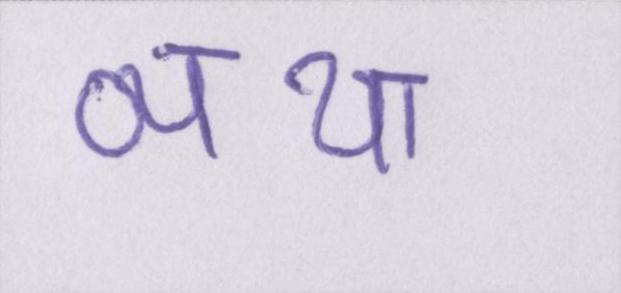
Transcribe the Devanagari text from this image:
व्यथा